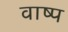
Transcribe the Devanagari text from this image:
वाष्‍प